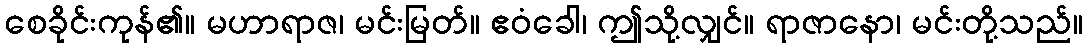
စေခိုင်းကုန်၏။ မဟာရာဇ၊ မင်းမြတ်။ ဧဝံခေါ၊ ဤသို့လျှင်။ ရာဇာနော၊ မင်းတို့သည်။